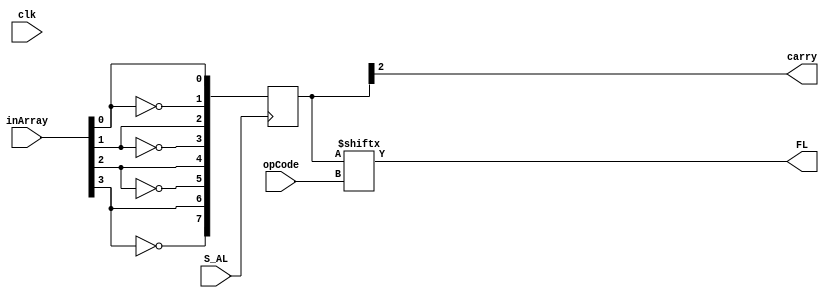
`timescale 1ns / 1ps

module FlagRegister(
        input clk,
        input   [2:0]   opCode, //From IR
        input   [3:0]   inArray,//From ALU
        input           S_AL,   //Control bit, meaningful operation
        output carry,           //Output to ALU
        output FL               //Output to Control Code Generator
    );  
    reg [7:0]   flagArray;
    
    // Startup
    initial
        begin
            flagArray=0;
        end
    
    // End Startup
    always@(negedge S_AL)
       //if(S_AL) 
        begin
            flagArray[0] <= inArray[0];  //ZERO          Z
            flagArray[1] <= ~inArray[0]; //NOT ZERO      NZ
            flagArray[2] <= inArray[1];  //Carry         C
            flagArray[3] <= ~inArray[1]; //NOT Carry     NC
            flagArray[4] <= inArray[2];  //Positive      P
            flagArray[5] <= ~inArray[2]; //Negative      N
            flagArray[6] <= inArray[3];  //Parity Odd    PO
            flagArray[7] <= ~inArray[3]; //Parity Even   PE
        end

        
    assign carry = flagArray[2];
    assign FL = flagArray[opCode];

endmodule